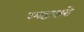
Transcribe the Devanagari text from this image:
स्पष्टाक्षरो